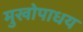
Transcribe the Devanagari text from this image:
मुखोपाधय